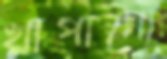
খাপানো